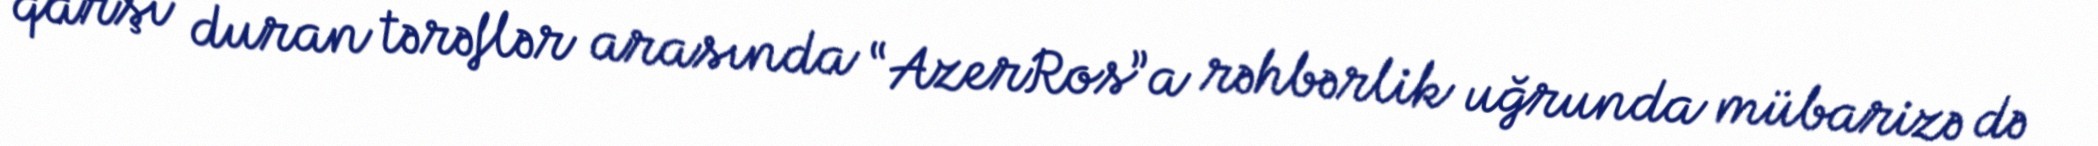
qarşı duran tərəflər arasında “AzerRos”a rəhbərlik uğrunda mübarizə də